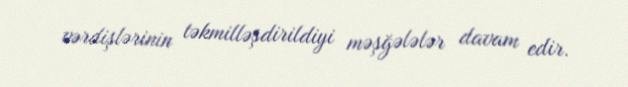
vərdişlərinin təkmilləşdirildiyi məşğələlər davam edir.